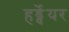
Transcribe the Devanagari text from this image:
हर्ड्वेयर